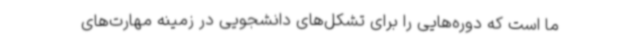
ما است که دوره‌هایی را برای تشکل‌های دانشجویی در زمینه مهارت‌های